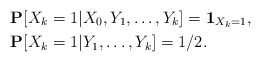
\begin{align*}&\mathbf{P}[X_k=1|X_0,Y_1,\ldots,Y_k] = \mathbf{1}_{X_k=1},\\&\mathbf{P}[X_k=1|Y_1,\ldots,Y_k] = 1/2.\end{align*}